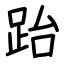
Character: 跆